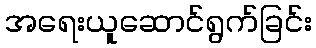
အရေးယူဆောင်ရွက်ခြင်း